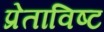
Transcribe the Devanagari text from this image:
प्रेताविष्ट